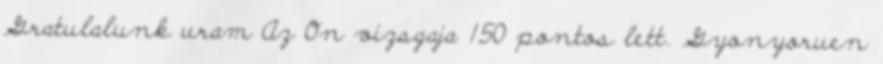
Gratulalunk uram Az On vizsgaja 150 pontos lett. Gyonyoruen